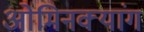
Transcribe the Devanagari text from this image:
ओमिनक्यांग